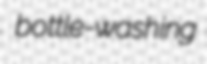
bottle-washing